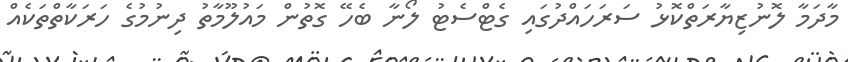
މާދަމާ ލޮނުޒިޔާރަތްކޮޅު ސަރަހައްދުގައި ގެޓްސެޓު ލޯނާ ބެހޭ ގޮތުން މައުލޫމާތު ދިނުމުގެ ހަރަކާތްތަކެއް